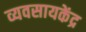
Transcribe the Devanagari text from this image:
व्यवसायकेंद्र